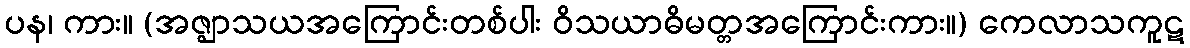
ပန၊ ကား။ (အဇ္ဈာသယအကြောင်းတစ်ပါး ဝိသယာဓိမတ္တအကြောင်းကား။) ကေလာသကူဋ